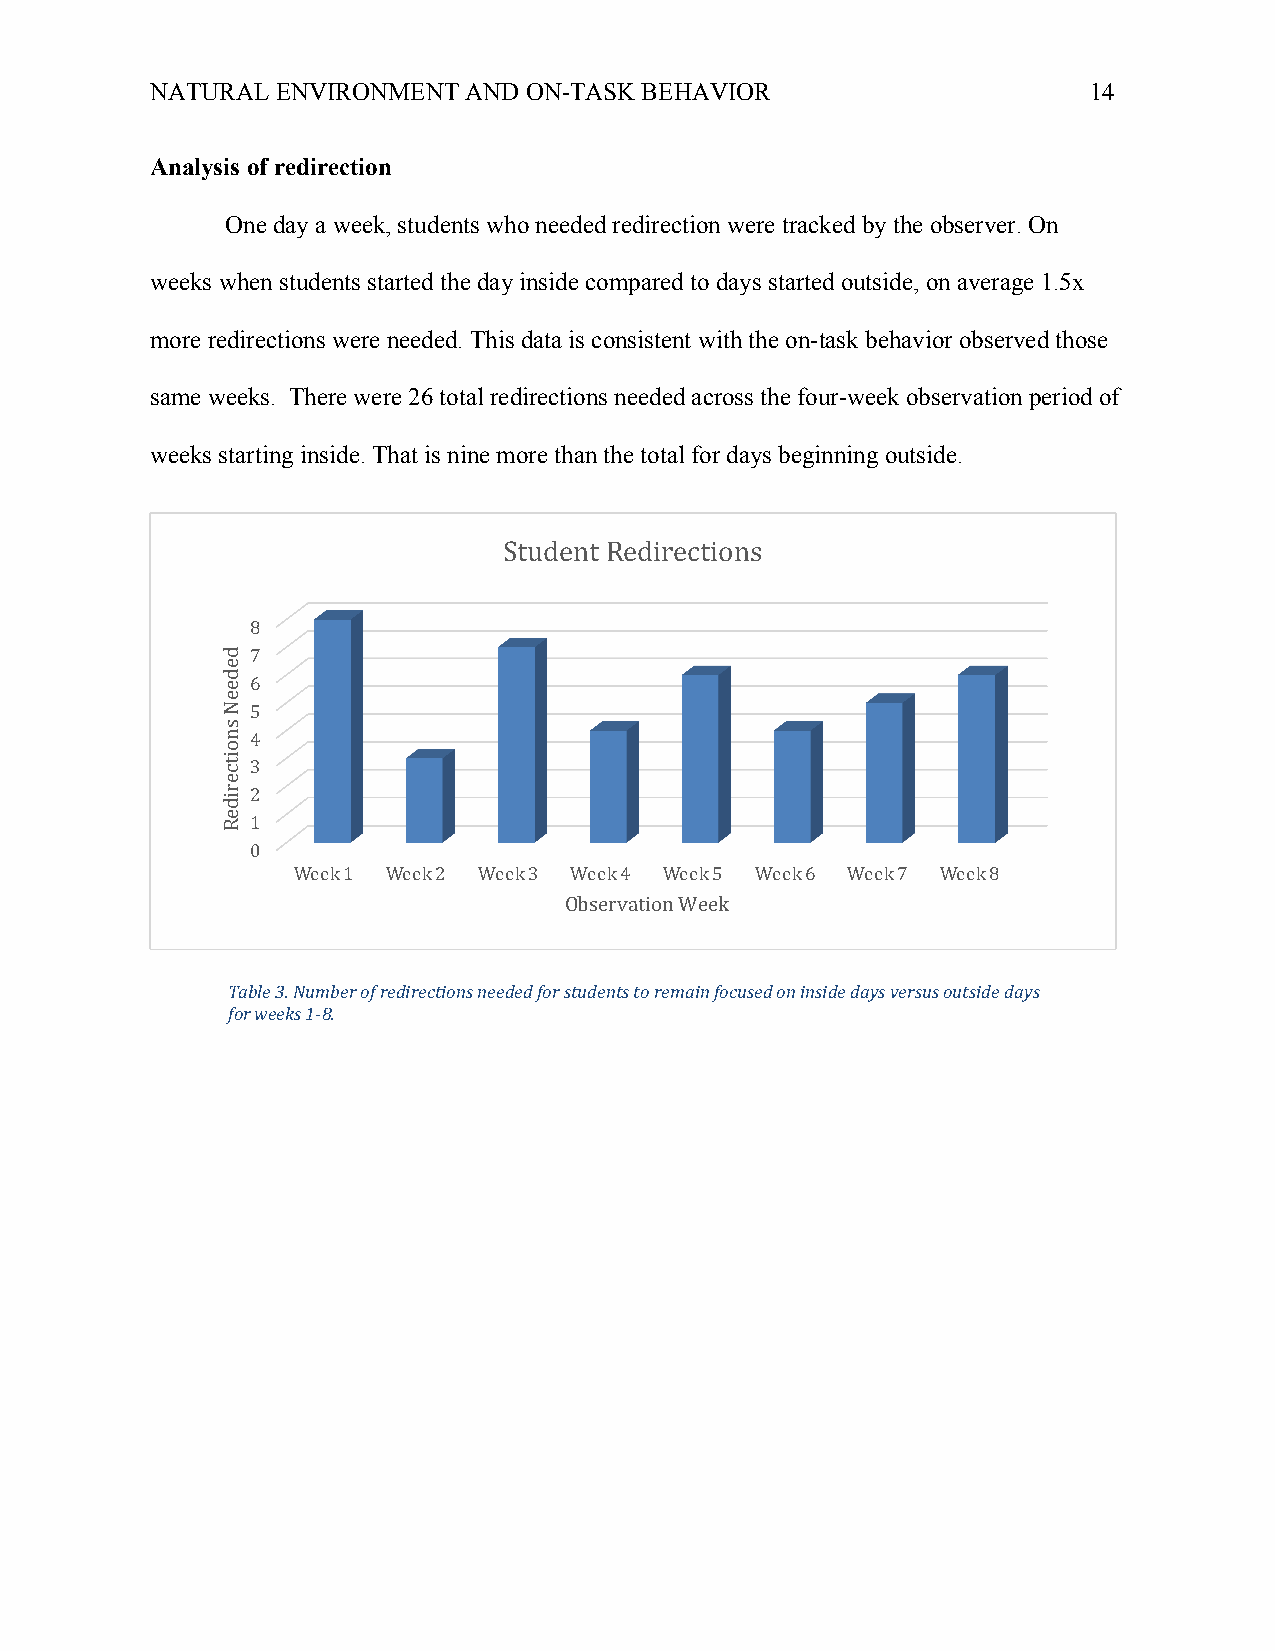
NATURAL ENVIRONMENT  AND ON-TASK BEHAVIOR                     14
 Analysis of redirection
 One day a week, students who needed redirection were tracked by the observer. On
 weeks when students started the day inside compared to days started outside, on average 1.5x
 more redirections were needed. This data is consistent with the on-task behavior observed those
 same weeks. There were 26 total redirections needed across the four-week observation period of
 weeks starting inside. That is nine more than the total for days beginning outside.
 Student Redirections
 8
 7
 6
 5
 4
 3
 2
 1
 0
 Week 1 Week 2 Week 3 Week 4 Week 5 Week 6 Week 7 Week 8
 Observation Week
 Table 3. Number of redirections needed for students to remain focused on inside days versus outside days
 for weeks 1-8.
 dedeeN
 snoitcerideR